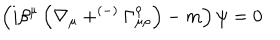
LaTeX: \left( i \beta ^ { \mu } \left( \nabla _ { \mu } + ^ { \left( - \right) } \Gamma _ { \mu \rho } ^ { \rho } \right) - m \right) \psi = 0